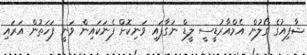
ޝާފިއުގެ ގޯލުން އެމްއާރުޑީސީ ލީޑް ނަގާފައި ވަނިކޮށް ފެނަކައިން ވަނީ ފަހަތުން އަރައި